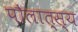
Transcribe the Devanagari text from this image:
पौलात्स्य